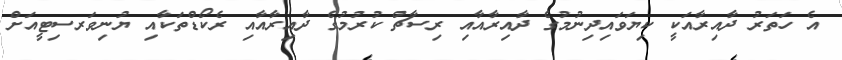
އެ ހަތަރު ދާއިރާއަކީ ކިޔަވައިދިނުމުގެ ދާއިރާއާއި ރިސާޗް ކުރުމުގެ ދާއިރާއާއި ރެކޯޑްތަކާއި ޔުނިވަރސިޓީއަށް